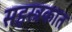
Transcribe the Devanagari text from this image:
सहस्त्रकात